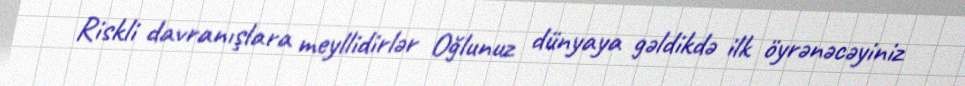
Riskli davranışlara meyllidirlər Oğlunuz dünyaya gəldikdə ilk öyrənəcəyiniz